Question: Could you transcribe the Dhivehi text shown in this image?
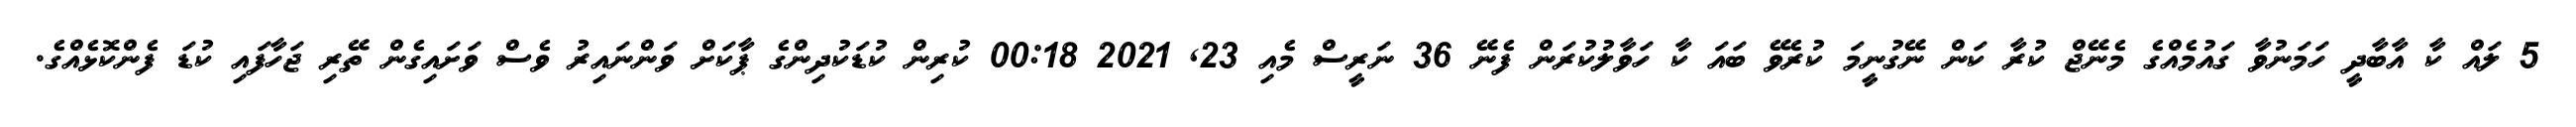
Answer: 5 ލައް ކާ އާބާދީ ހަމަނުވާ ގައުމެއްގެ މެނޭޖް ކުރާ ކަން ނޭގުނީމަ ކުރެވޭ ބައަ ކާ ހަވާލުކުރަން ފެނޭ 36 ނަރީސް މެއި 23, 2021 00:18 ކުރިން ކުޑަކުދިންގެ ޕާކަށް ވަންނައިރު ވެސް ވަށައިގެން ތޭރި ޖަހާފައި ކުޑަ ފެންކޮޅެއްގެ.